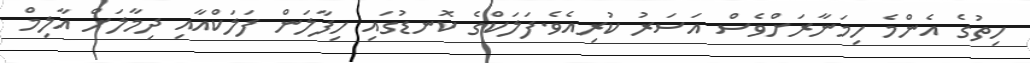
ހިތުގެ އެންމެ ހިމަނާރަށްވެސް އަސަރު ކުރިއެވެ.ފަލަކްގެ ކޮނޑުގައި ހިފާލަން ފަލަކްއާއި ދިމާލަށް އާލިމް